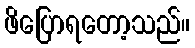
ဖိပြောရတော့သည်။